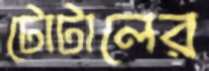
টোটালের